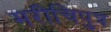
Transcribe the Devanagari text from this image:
मरीचिपुत्र